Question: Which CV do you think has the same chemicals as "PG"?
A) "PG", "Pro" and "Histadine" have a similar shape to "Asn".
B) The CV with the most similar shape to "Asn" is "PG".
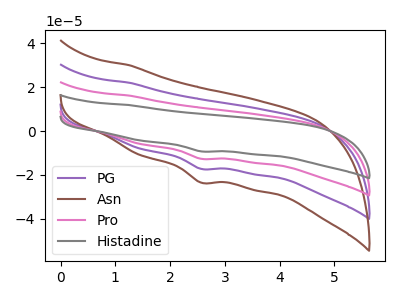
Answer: <think>The purple curve "PG" has a cathodic peak at: (2.55V, -17.30uA). The brown curve "Asn" has a cathodic peak at: (2.55V, -23.60uA). The pink curve "Pro" has a cathodic peak at: (2.55V, -34.60uA). The gray curve "Histadine" has a cathodic peak at: (2.55V, -51.95uA).
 All the peaks in "PG" have a peak in "Asn" at the same potential. Every peak in "PG" is lower than every peak in "Asn". All the peaks in "PG" have a peak in "Pro" at the same potential. Every peak in "PG" is lower than every peak in "Pro". All the peaks in "PG" have a peak in "Histadine" at the same potential. Every peak in "PG" is lower than every peak in "Histadine". All the peaks in "Asn" have a peak in "Pro" at the same potential. Every peak in "Asn" is lower than every peak in "Pro". All the peaks in "Asn" have a peak in "Histadine" at the same potential. Every peak in "Asn" is lower than every peak in "Histadine". All the peaks in "Pro" have a peak in "Histadine" at the same potential. Every peak in "Pro" is lower than every peak in "Histadine".</think>
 <answer>A) "PG", "Pro" and "Histadine" have a similar shape to "Asn".</answer>
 <eval>A</eval>